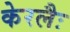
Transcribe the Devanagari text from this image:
केरलैः